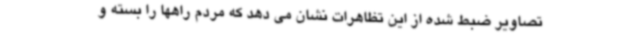
تصاویر ضبط شده از این تظاهرات نشان می دهد که مردم راهها را بسته و